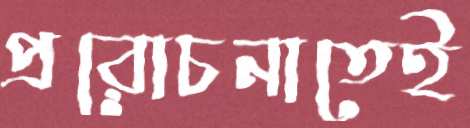
প্ররোচনাতেই